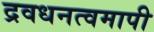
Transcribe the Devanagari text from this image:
द्रवधनत्वमापी